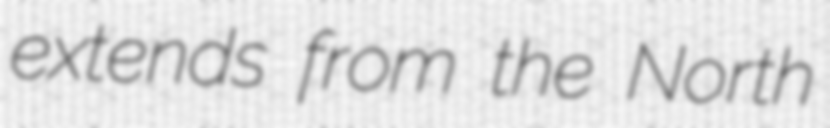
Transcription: extends from the North